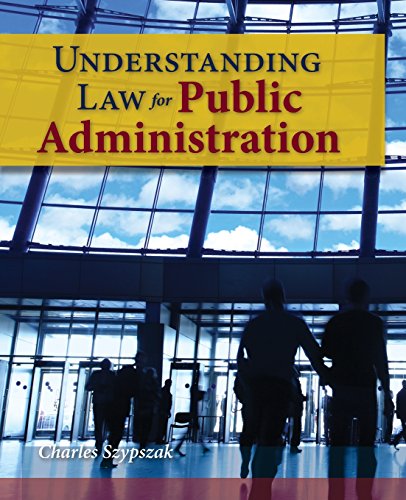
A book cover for Understanding Law For Public Administration; Charles Szypszak; Law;